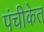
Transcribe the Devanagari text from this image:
पंचीकेत